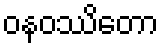
ဝနဝဿိတော